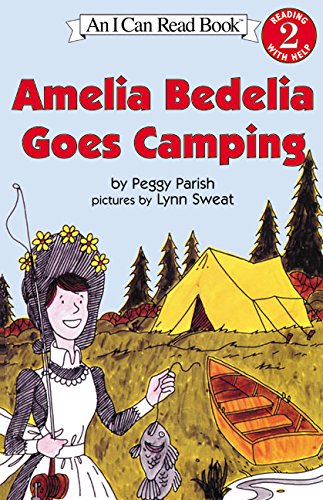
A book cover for Amelia Bedelia Goes Camping (I Can Read Level 2); Peggy Parish; Children's Books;